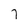
Character: l